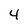
Character: 4